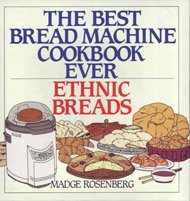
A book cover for The Best Bread Machine Cookbook Ever: Ethnic Breads; Madge Rosenberg; Cookbooks, Food & Wine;